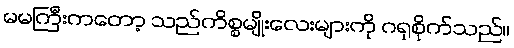
မမကြီးကတော့ သည်ကိစ္စမျိုးလေးများကို ဂရုစိုက်သည်။